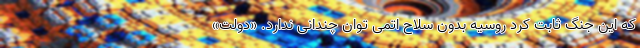
که این جنگ ثابت کرد روسیه بدون سلاح اتمی توان چندانی ندارد. «دولت»